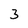
Character: 3